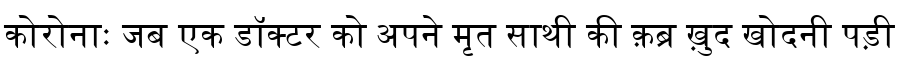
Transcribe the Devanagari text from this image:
कोरोनाः जब एक डॉक्टर को अपने मृत साथी की क़ब्र ख़ुद खोदनी पड़ी